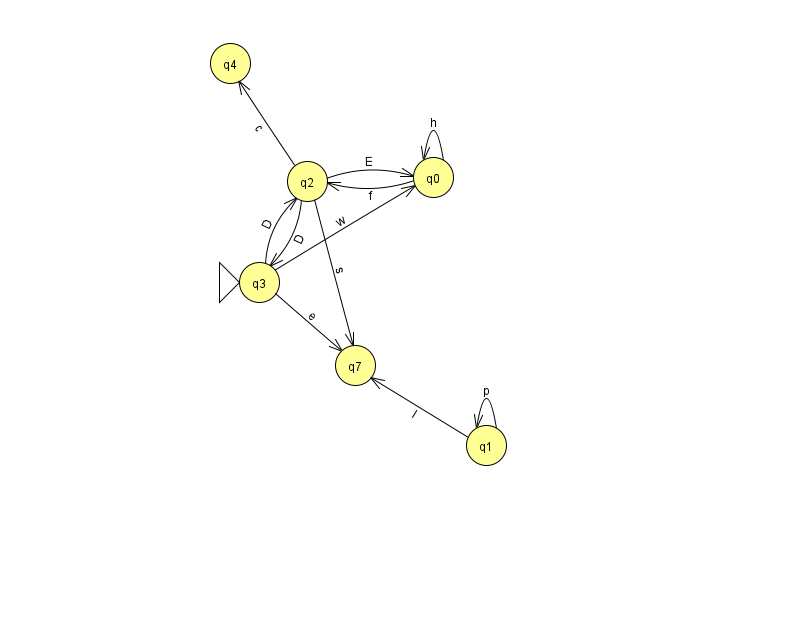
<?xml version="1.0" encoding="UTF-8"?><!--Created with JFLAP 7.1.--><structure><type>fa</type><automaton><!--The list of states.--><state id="0" name="q0"><x>433.0</x><y>164.0</y></state><state id="1" name="q1"><x>486.0</x><y>432.0</y></state><state id="2" name="q2"><x>307.0</x><y>168.0</y></state><state id="3" name="q3"><x>259.0</x><y>269.0</y><initial/></state><state id="4" name="q4"><x>230.0</x><y>50.0</y></state><state id="7" name="q7"><x>355.0</x><y>352.0</y></state><!--The list of transitions.--><transition><from>1</from><to>1</to><read>p</read></transition><transition><from>1</from><to>7</to><read>l</read></transition><transition><from>3</from><to>0</to><read>w</read></transition><transition><from>2</from><to>7</to><read>s</read></transition><transition><from>0</from><to>0</to><read>h</read></transition><transition><from>3</from><to>7</to><read>e</read></transition><transition><from>0</from><to>2</to><read>f</read></transition><transition><from>2</from><to>3</to><read>D</read></transition><transition><from>3</from><to>2</to><read>D</read></transition><transition><from>2</from><to>0</to><read>E</read></transition><transition><from>2</from><to>4</to><read>c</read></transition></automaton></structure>